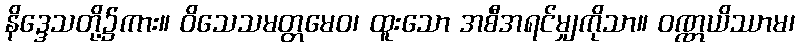
နိဒ္ဒေသတို့၌ကား။ ဝိသေသမတ္တမေဝ၊ ထူးသော အစီအရင်မျှကိုသာ။ ဝဏ္ဏယိဿာမ၊